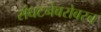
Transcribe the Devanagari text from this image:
संघटनेबरोबरच